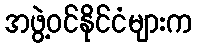
အဖွဲ့ဝင်နိုင်ငံများက